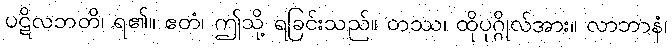
ပဋိလဘတိ၊ ရ၏။ ဧတံ၊ ဤသို့ ရခြင်းသည်။ တဿ၊ ထိုပုဂ္ဂိုလ်အား။ လာဘာနံ၊